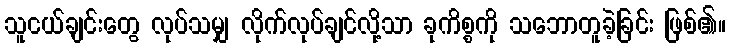
သူငယ်ချင်းတွေ လုပ်သမျှ လိုက်လုပ်ချင်လို့သာ ခုကိစ္စကို သဘောတူခဲ့ခြင်း ဖြစ်၏။